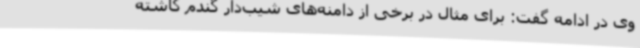
وی در ادامه گفت: برای مثال در برخی از دامنه‌های شیب‌دار گندم کاشته